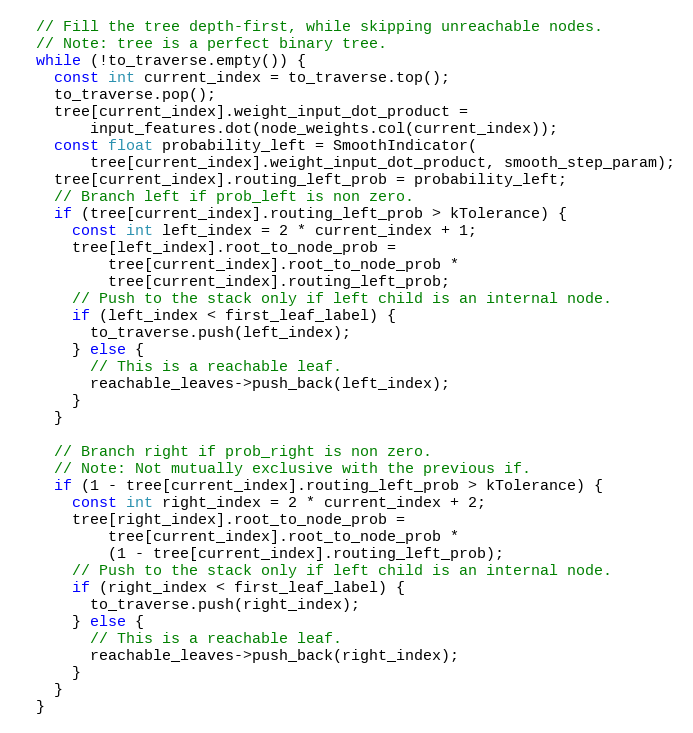
Language: C++
  // Fill the tree depth-first, while skipping unreachable nodes.
  // Note: tree is a perfect binary tree.
  while (!to_traverse.empty()) {
    const int current_index = to_traverse.top();
    to_traverse.pop();
    tree[current_index].weight_input_dot_product =
        input_features.dot(node_weights.col(current_index));
    const float probability_left = SmoothIndicator(
        tree[current_index].weight_input_dot_product, smooth_step_param);
    tree[current_index].routing_left_prob = probability_left;
    // Branch left if prob_left is non zero.
    if (tree[current_index].routing_left_prob > kTolerance) {
      const int left_index = 2 * current_index + 1;
      tree[left_index].root_to_node_prob =
          tree[current_index].root_to_node_prob *
          tree[current_index].routing_left_prob;
      // Push to the stack only if left child is an internal node.
      if (left_index < first_leaf_label) {
        to_traverse.push(left_index);
      } else {
        // This is a reachable leaf.
        reachable_leaves->push_back(left_index);
      }
    }

    // Branch right if prob_right is non zero.
    // Note: Not mutually exclusive with the previous if.
    if (1 - tree[current_index].routing_left_prob > kTolerance) {
      const int right_index = 2 * current_index + 2;
      tree[right_index].root_to_node_prob =
          tree[current_index].root_to_node_prob *
          (1 - tree[current_index].routing_left_prob);
      // Push to the stack only if left child is an internal node.
      if (right_index < first_leaf_label) {
        to_traverse.push(right_index);
      } else {
        // This is a reachable leaf.
        reachable_leaves->push_back(right_index);
      }
    }
  }